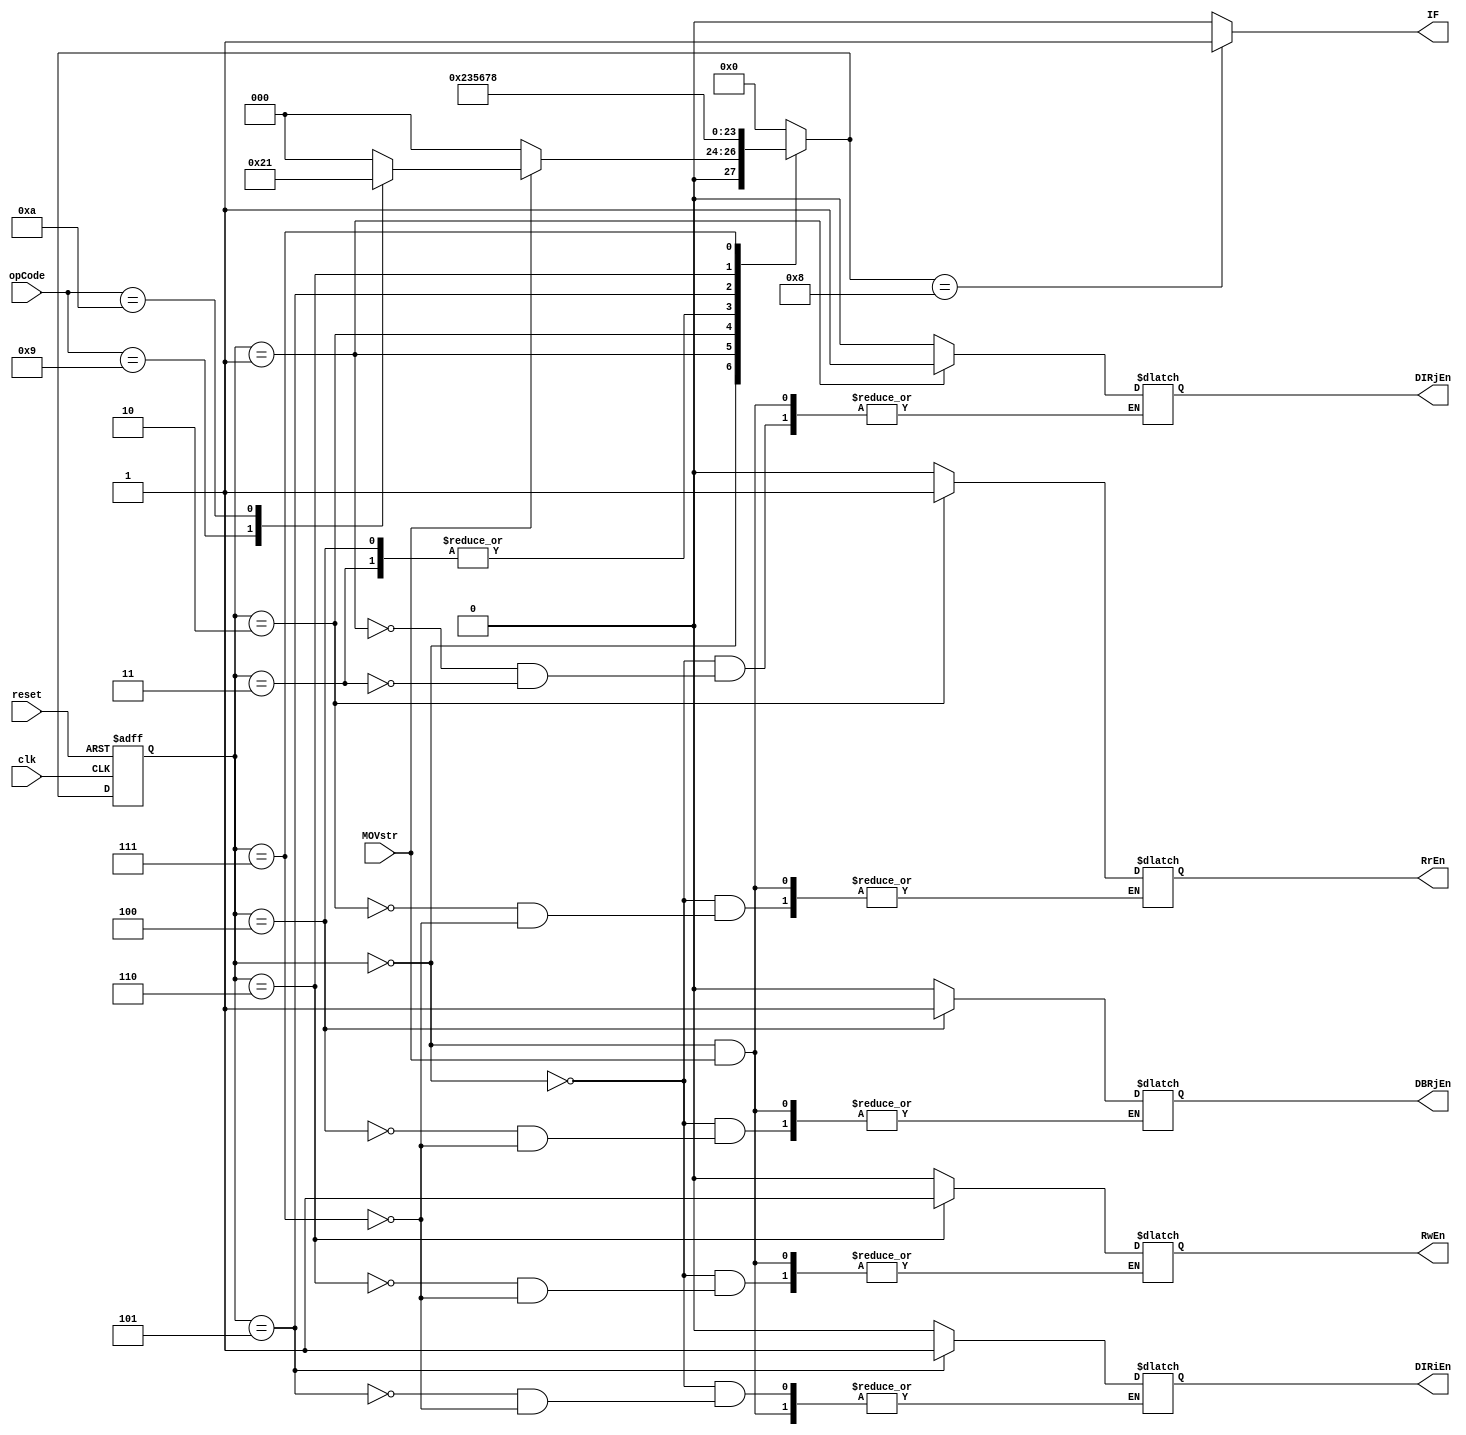
module MOVFSM(clk, reset, MOVstr, opCode, IF, DIRiEn, DIRjEn, DBRjEn, RrEn, RwEn);

	input wire clk, reset, MOVstr;
	input wire[3:0] opCode;
	output reg IF;
	reg[3:0] currState, nextState;
	
	// Decoder signals
	output reg DIRiEn, DIRjEn, DBRjEn;
	
	// Register signals
	output reg RrEn, RwEn;
	
	parameter S0 = 4'd0, S011 = 4'd1, S012 = 4'd2, S013 = 4'd3, S021 = 4'd4,
			  S1 = 4'd5, S2 = 4'd6, S3 = 4'd7, S4 = 4'd8;
			  
	parameter MOVI = 4'd9, MOV = 4'd10;
	
	always @(posedge clk or posedge reset)
	begin
		if(reset == 1) currState <= S0;
		else currState <= nextState;
	end
	
	always @(currState or MOVstr)
	begin
		case(currState)
			S0: begin
				if(MOVstr == 1)
				begin
					case(opCode)
						MOVI:
							nextState <= S021;
						MOV:
							nextState <= S011;
						default:
							nextState <= 0;
					endcase
				end
				else
				begin
					RrEn <= 0;
					RwEn <= 0;
					DIRiEn <= 0;
					DIRjEn <= 0;
					DBRjEn <= 0;
					nextState <= 0;
				end
			end
			S011: begin
				DIRjEn <= 1;
				nextState <= S012;
			end
			S012: begin
				RrEn <= 1;
				nextState <= S013;
			end
			S013: begin
				DIRjEn <= 0;
				nextState <= S1;
			end
			S021: begin
				DBRjEn <= 1;
				nextState <= S1;
			end
			S1: begin
				DIRiEn <= 1;
				nextState <= S2;
			end
			S2: begin
				RwEn <= 1;
				nextState <= S3;
			end
			S3: begin
				RwEn <= 0;
				DIRiEn <= 0;
				DBRjEn <= 0;
				RrEn <= 0;
				RwEn <= 0;
				nextState <= S4;
			end
			S4:
				nextState <= S0;
			default:
				nextState <= S0;
		endcase
	end
	
	always @(nextState)
	begin
		if(nextState == S4) IF <= 1;
		else IF <= 0;
	end
endmodule